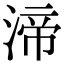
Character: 渧